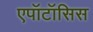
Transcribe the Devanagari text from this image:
एपॉटॉसिस